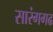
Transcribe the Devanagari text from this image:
सारंगगढ